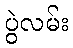
ပွဲလမ်း